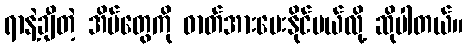
ရာနဲ့ချီတဲ့ အိမ်တွေကို ဓာတ်အားပေးနိုင်မယ်လို့ ဆိုပါတယ်။